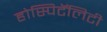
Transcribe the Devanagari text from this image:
होस्पिटॅलिटी